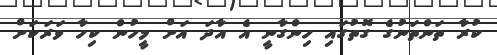
ކުރާ ތަންތަނުގެ ގޮތުގައި ހިންގާނީ އެ އާދަ އަށް މީހުން ކިހާ ވަރަކަށް